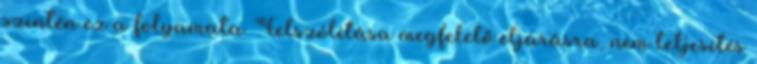
szintén ez a folyamata. Felszólítása megfelelő eljárásra, nem teljesítés